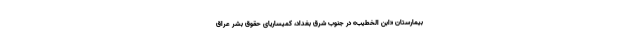
بیمارستان «ابن الخطیب» در جنوب شرق بغداد، کمیساریای حقوق بشر عراق